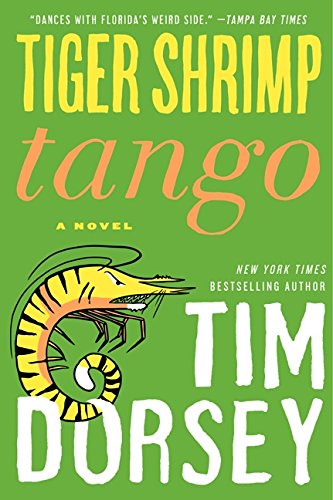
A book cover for Tiger Shrimp Tango: A Novel (Serge Storms); Tim Dorsey; Mystery, Thriller & Suspense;